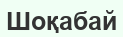
Шоқабай